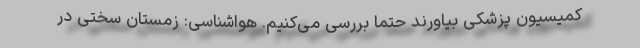
کمیسیون پزشکی بیاورند حتما بررسی می‌کنیم. هواشناسی: زمستان سختی در